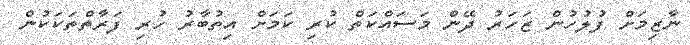
ނާޒިމަށް ފުލުހުން ޒަހަރު ދޭން މަސައްކަތް ކުރި ކަމަށް އިތުބާރު ހުރި ފަރާތްތަކަކުން